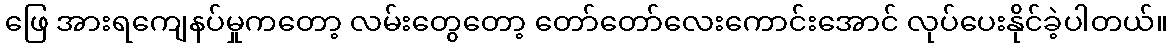
ဖြေ အားရကျေနပ်မှုကတော့ လမ်းတွေတော့ တော်တော်လေးကောင်းအောင် လုပ်ပေးနိုင်ခဲ့ပါတယ်။